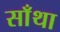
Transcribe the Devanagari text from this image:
साँथा